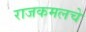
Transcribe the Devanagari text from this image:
राजकमलचे